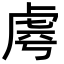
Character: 𧆪